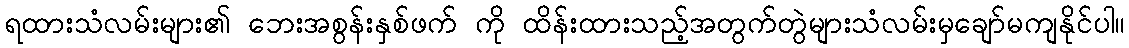
ရထားသံလမ်းများ၏ ဘေးအစွန်းနှစ်ဖက် ကို ထိန်းထားသည့်အတွက်တွဲများသံလမ်းမှချော်မကျနိုင်ပါ။